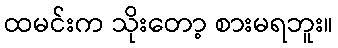
ထမင်းက သိုးတော့ စားမရဘူး။